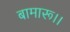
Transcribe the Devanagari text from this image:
बामारू।।